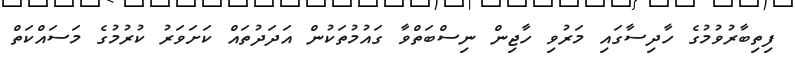
ފިތިބާރުވުމުގެ ހާދިސާގައި މަރުވި ހާޖިން ނިސްބަތްވާ ގައުމުތަކުން އަދަދުތައް ކަށަވަރު ކުރުމުގެ މަސައްކަތް